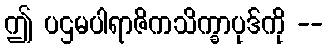
ဤ ပဌမပါရာဇိကသိက္ခာပုဒ်ကို --